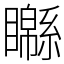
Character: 𥌣